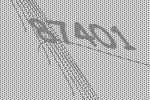
87401